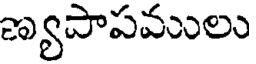
ణ్యపాపములు